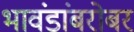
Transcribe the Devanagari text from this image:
भावंडांबरोबर